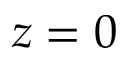
z = 0